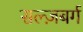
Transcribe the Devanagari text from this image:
सल्ज़बर्ग